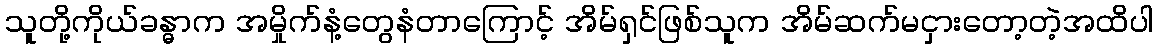
သူတို့ကိုယ်ခန္ဓာက အမှိုက်နံ့တွေနံတာကြောင့် အိမ်ရှင်ဖြစ်သူက အိမ်ဆက်မငှားတော့တဲ့အထိပါ